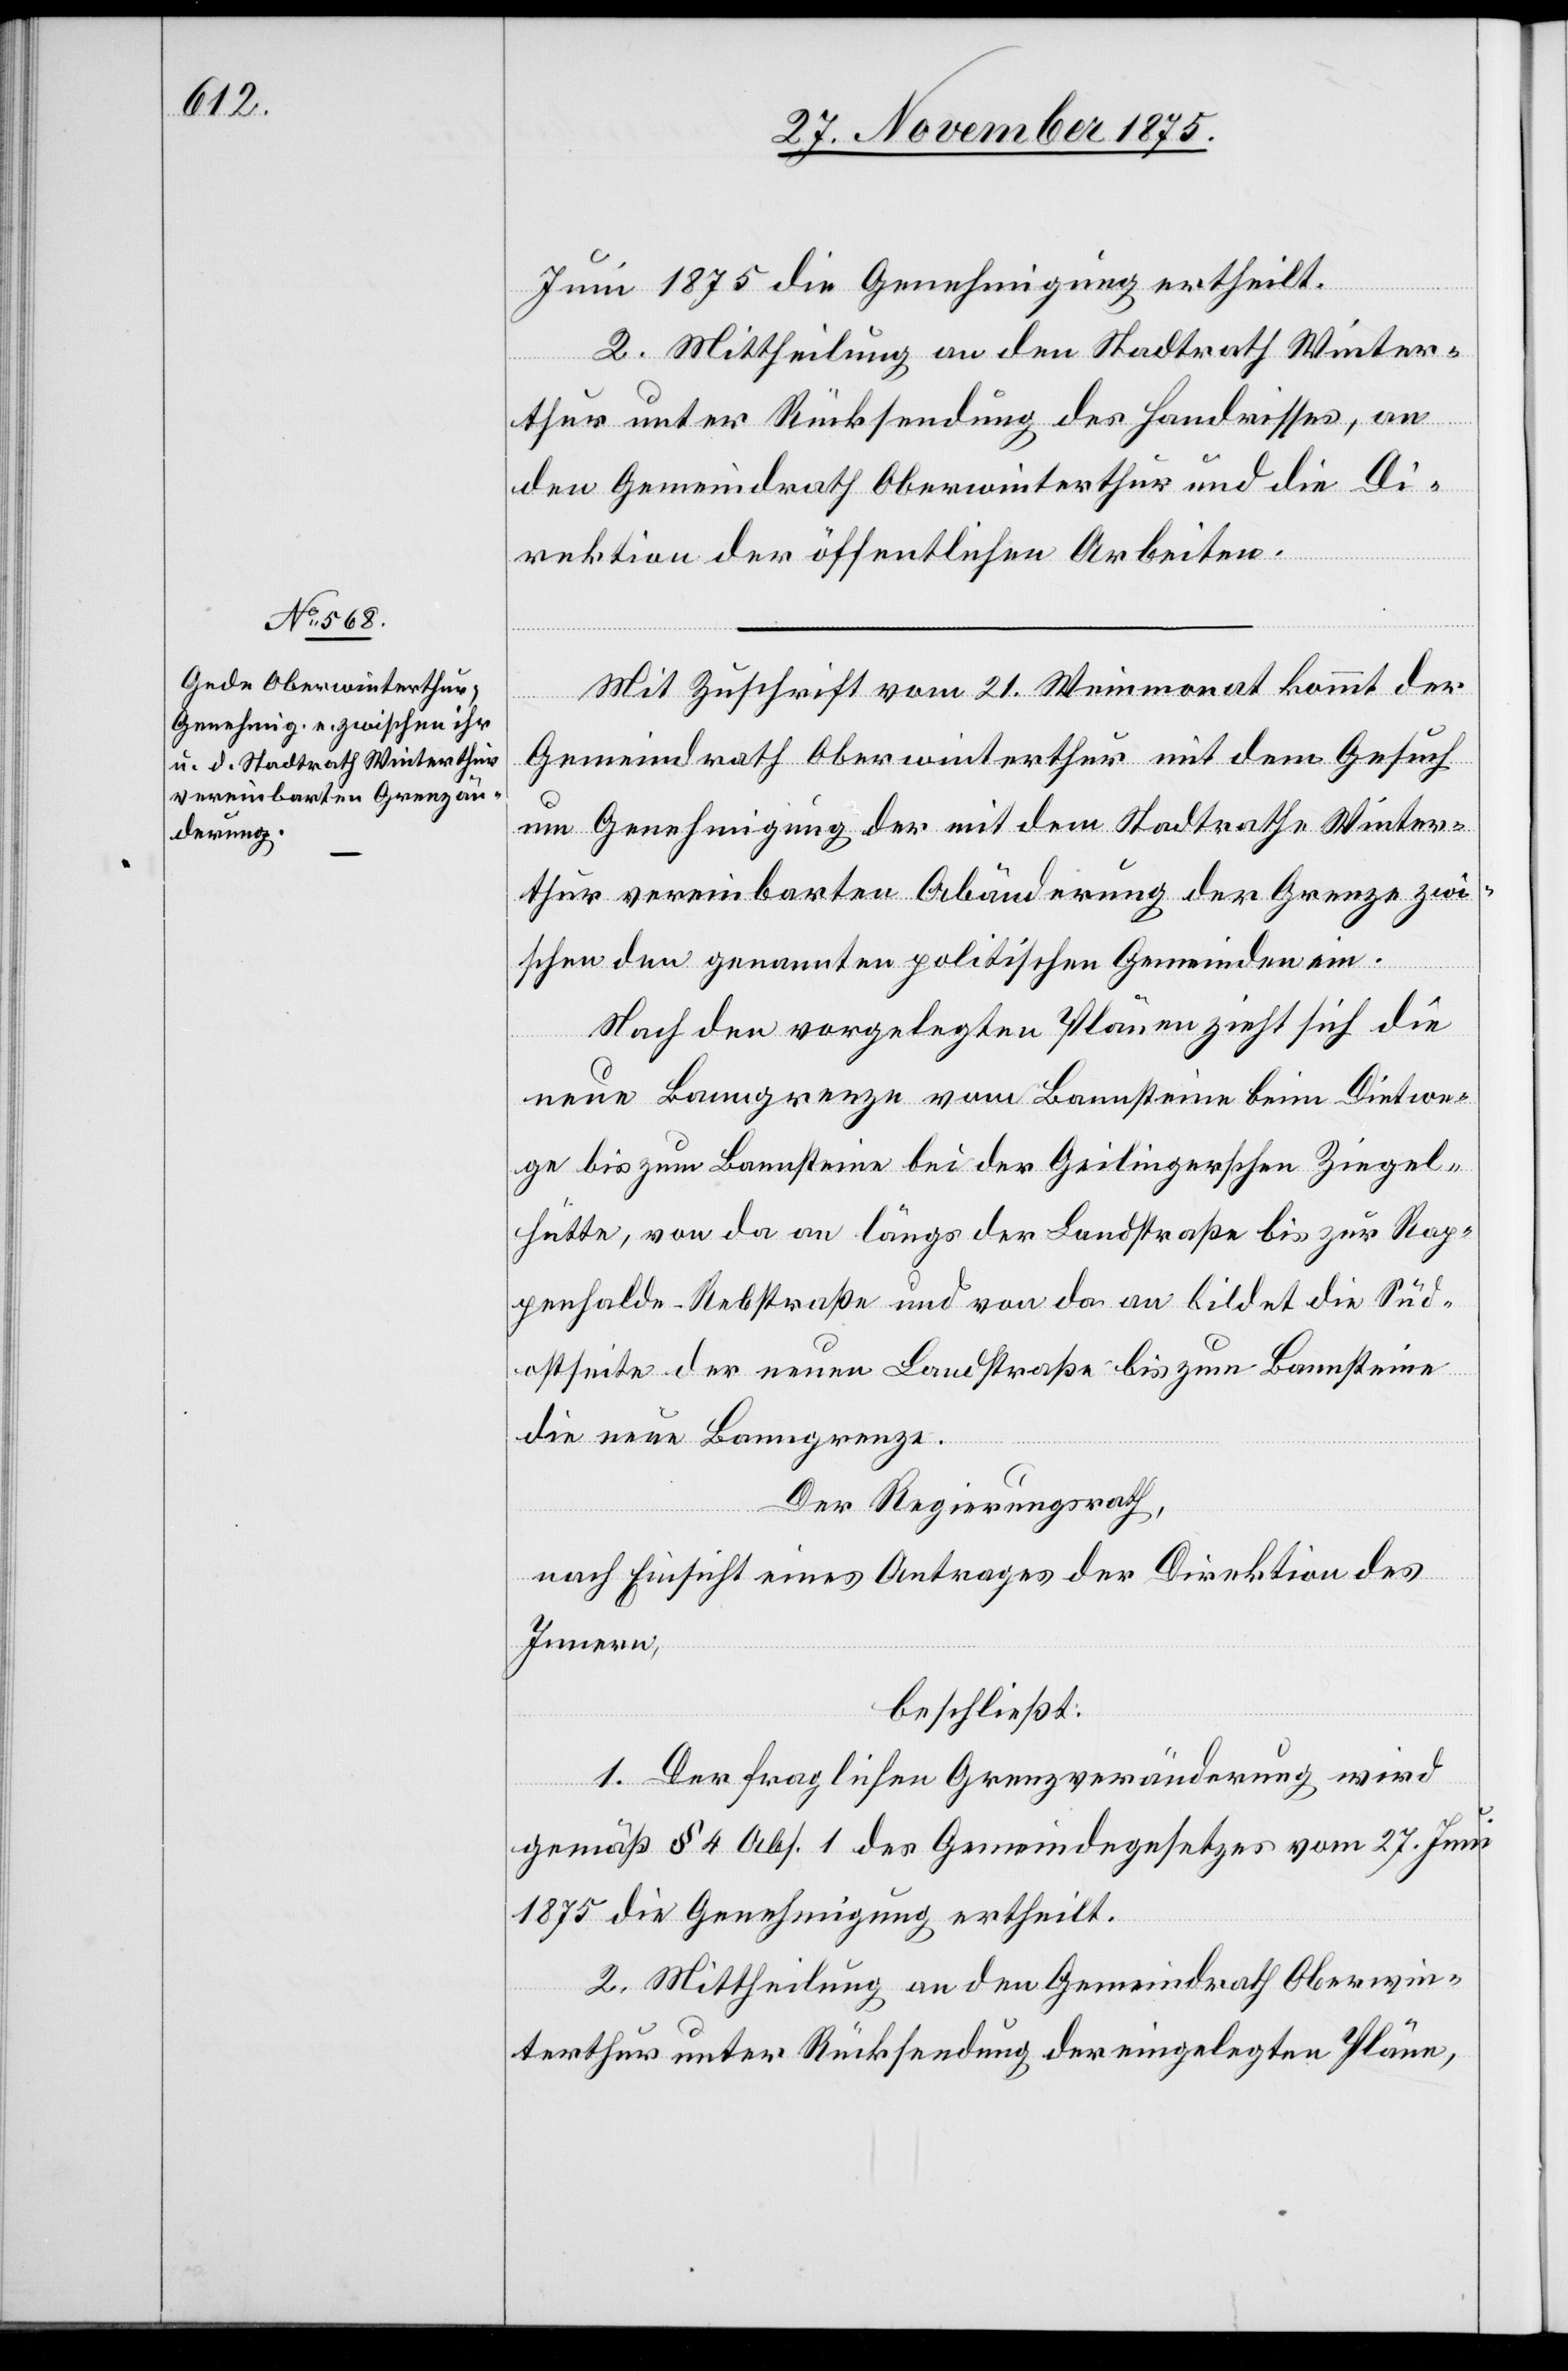
Juni 1875 die Genehmigung ertheilt.
2. Mittheilung an den Stadtrath Winter¬
thur unter Rücksendung des Handrisses, an
den Gemeindrath Oberwinterthur und die Di¬
rektion der öffentlichen Arbeiten.
Mit Zuschrift vom 21. Weinmonat kommt der
Gemeindrath Oberwinterthur mit dem Gesuch
um Genehmigung der mit dem Stadtrathe Winter¬
thur vereinbarten Abänderung der Grenze zwi¬
schen den genannten politischen Gemeinden ein.
Nach den vorgelegten Plänen zieht sich die
neue Banngrenze vom Bannsteine beim Dietwe¬
ge bis zum Bannsteine bei der Geilingerschen Ziegel¬
hütte, von da an längs der Landstraße bis zur Rap¬
penhalde-Rebstraße und von da an bildet die Süd¬
ostseite der neuen Landstraße bis zum Bannsteine
die neue Banngrenze.
Der Regierungsrath,
nach Einsicht eines Antrages der Direktion des
Innern,
beschließt:
1. Der fraglichen Grenzveränderung wird
gemäß § 4 Abs. 1 des Gemeindegesetzes vom 27. Juni
1875 die Genehmigung ertheilt.
2. Mittheilung an den Gemeindrath Oberwin¬
terthur unter Rücksendung der eingelegten Pläne,